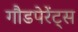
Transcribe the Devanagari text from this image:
गौडपेरेंट्स